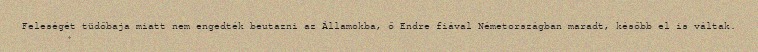
Feleségét tüdőbaja miatt nem engedték beutazni az Államokba, ő Endre fiával Németországban maradt, később el is váltak.